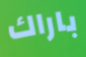
باراك